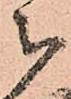
被